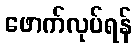
ဖောက်လုပ်ရန်